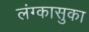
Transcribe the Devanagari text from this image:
लंग्कासुका